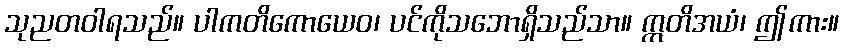
သုညတဝါရသည်။ ပါကတိကောယေဝ၊ ပင်ကိုသဘောရှိသည်သာ။ ဣတိအယံ၊ ဤကား။